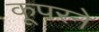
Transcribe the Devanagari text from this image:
कूपरने